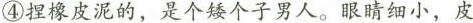
④捏橡皮泥的，是个矮个子男人。眼睛细小，皮